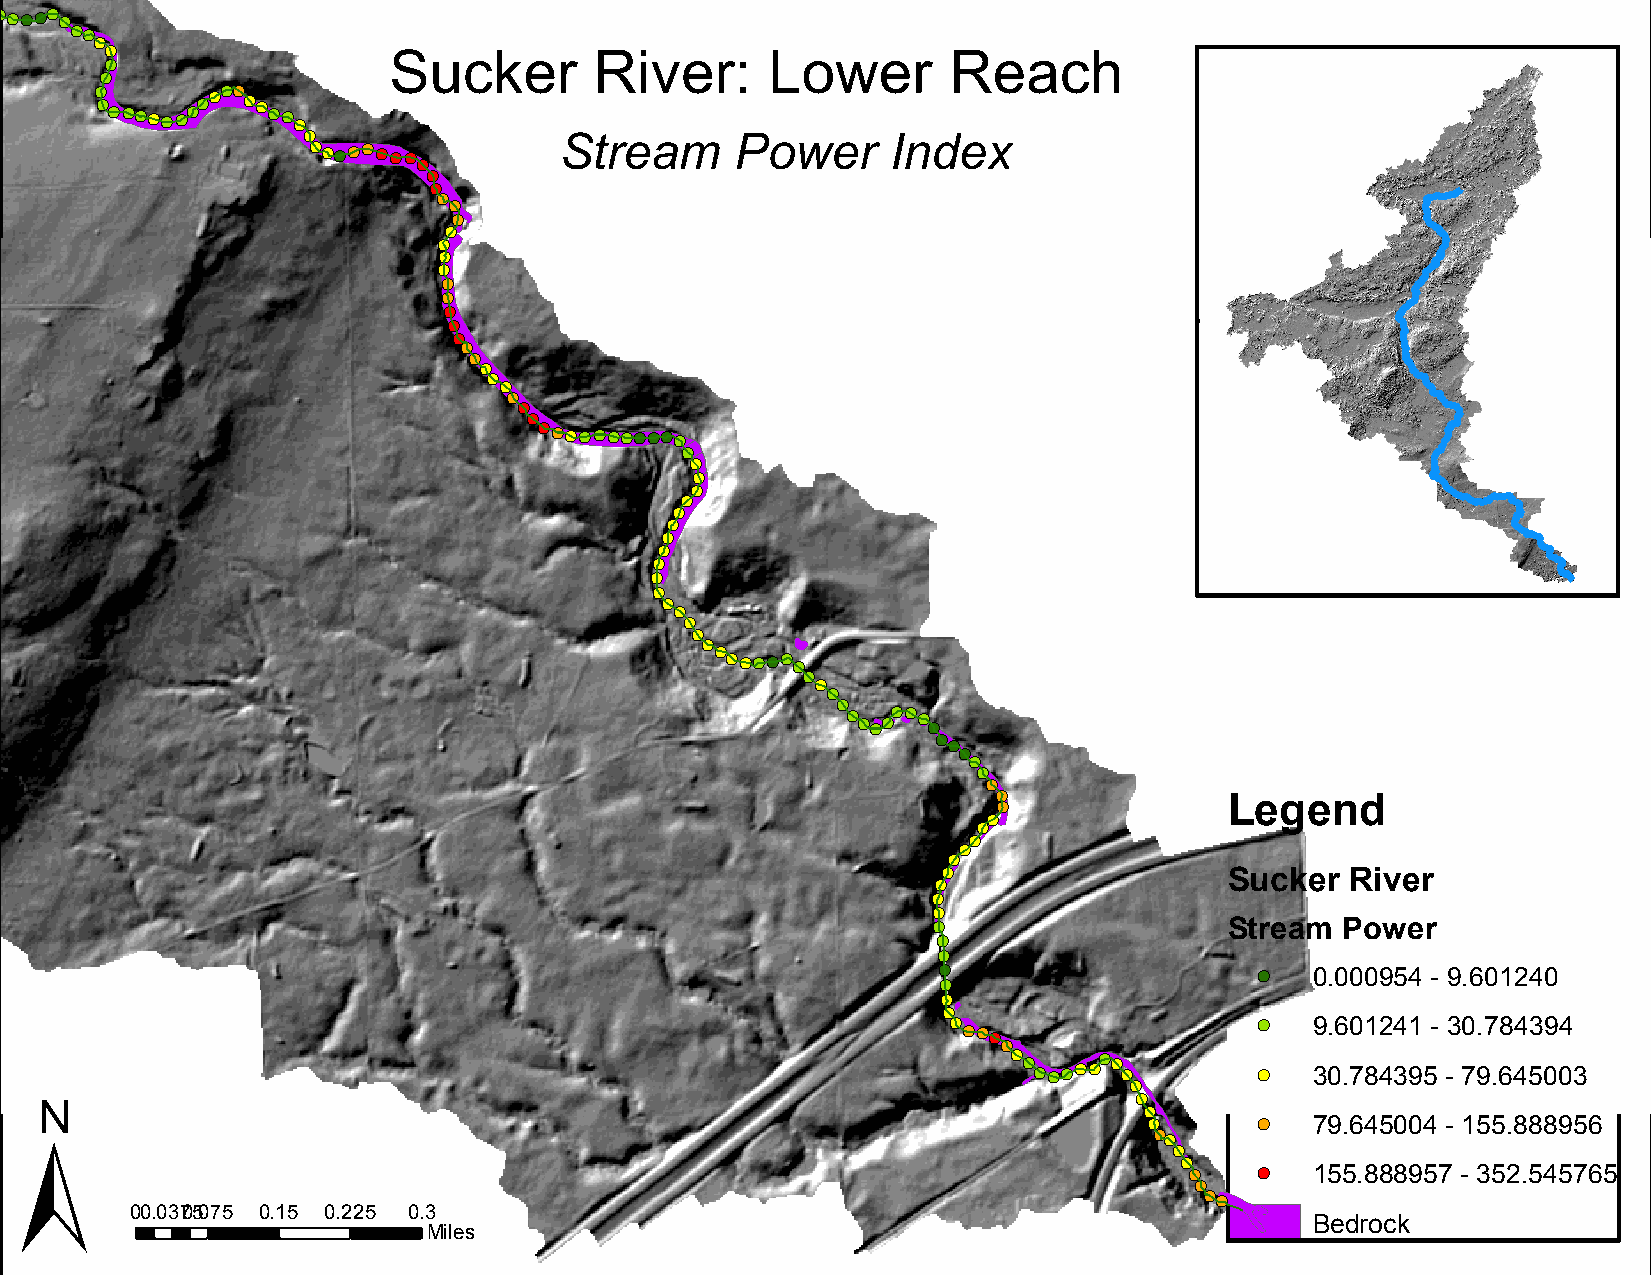
!(
 !(
 !(
 !(!(!(!(!(
 !(
 !(!(
 !(
 !(
 !(                 Sucker       River:      Lower       Reach
 !(
 !(
 !(
 !(!(!(!(!(!(!(!(!(!(!(
 !(!(
 !(!(
 !(
 !(
 !(!(!(!(!(!(!(!( Stream     Power     Index
 !(
 !(
 !(
 !(
 !(
 !(
 !(
 !(
 !(
 !(
 !(
 !(
 !(
 !(
 !(
 !(
 !(
 !(
 !(
 !(
 !(
 !(
 !(
 !(!(!(!(!(!(!(!(!(!(!(
 !(
 !(
 !(
 !(
 !(
 !(
 !(
 !(
 !(
 !(
 !(
 !(
 !(
 !(
 !(
 !(
 !(
 !(
 !(!(!(!(!(
 !(
 !(
 !(
 !(
 !(
 !( !(!(!(!( !(!(
 !(
 !(!(
 !(
 !(
 !(
 !(
 !(
 !(             Legend
 !(
 !(
 !(
 !(
 !(
 !(                 Sucker  River
 !(
 !(
 !(
 !(                 Stream  Power
 !(
 !(
 !(                   !(  0.000954 - 9.601240
 !(
 !(
 !(
 !( !(!(!(           !(  9.601241 - 30.784394
 !(
 ±
 !( !( !(!(!(!(!(!(!(
 !(       !(  30.784395 - 79.645003
 !(
 !(
 !(
 !(     !(  79.645004 - 155.888956
 !(!(
 !(
 !(
 !(  !(  155.888957 - 352.545765
 !(
 !(!(!(
 00.03705.0 75 0.15 0.225 0.3
 Bedrock
 Miles